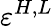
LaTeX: \varepsilon^{H,L}